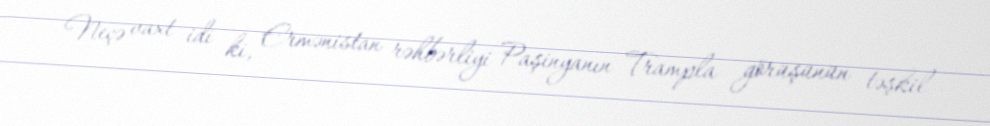
Neçə vaxt idi ki, Ermənistan rəhbərliyi Paşinyanın Trampla görüşünün təşkil